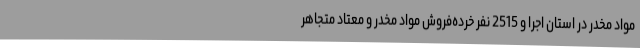
مواد مخدر در استان اجرا و 2515 نفر خرده‌فروش مواد مخدر و معتاد متجاهر